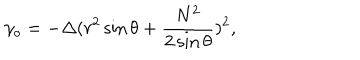
\gamma _ { o } = - \Delta ( r ^ { 2 } \sin \theta + \frac { N ^ { 2 } } { 2 \sin \theta } ) ^ { 2 } ,